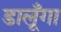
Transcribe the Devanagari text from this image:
डालूँगा